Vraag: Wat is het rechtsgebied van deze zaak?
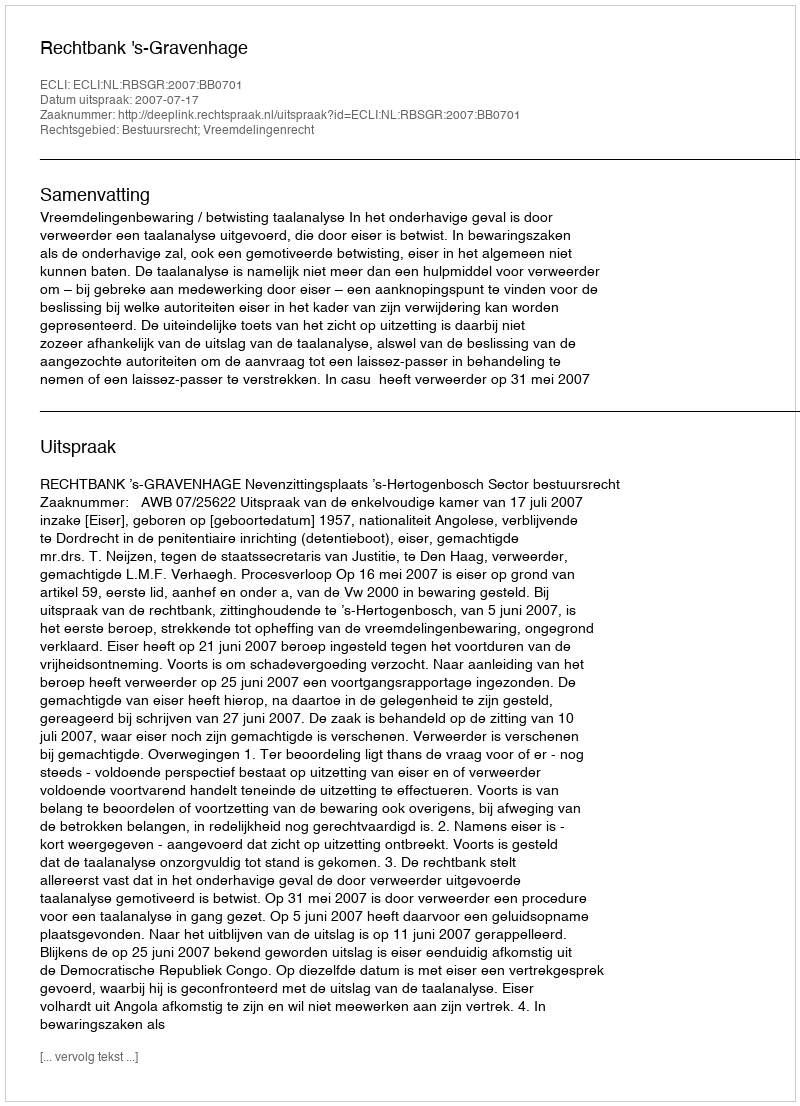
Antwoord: Bestuursrecht; Vreemdelingenrecht